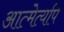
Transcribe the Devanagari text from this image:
आत्मेत्यपि